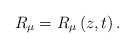
\begin{align*}R_{\mu }=R_{\mu }\left( z,t\right) .\end{align*}